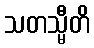
သတသ္မီတိ